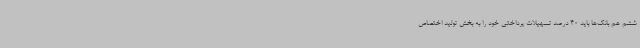
ششم هم بانک‌ها باید 40 درصد تسهیلات پرداختی خود را به بخش تولید اختصاص